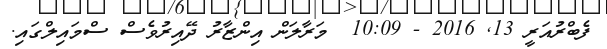
ފެބްރުއަރީ 13